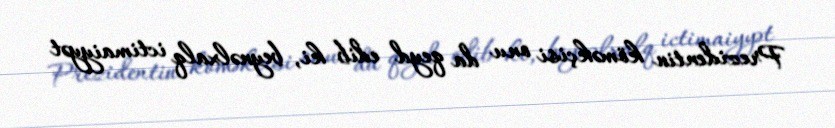
Prezidentin köməkçisi onu da qeyd edib ki, beynəlxalq ictimaiyyət